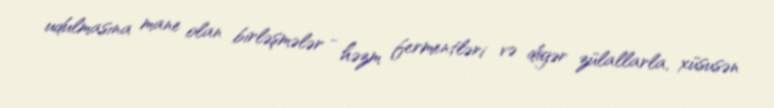
udulmasına mane olan birləşmələr - həzm fermentləri və digər zülallarla, xüsusən